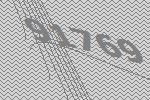
91769